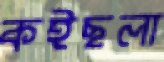
কইছলা